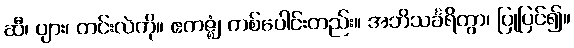
ဆီ၊ ပျား၊ တင်းလဲကို။ ဧကဇ္ဈံ၊ တစ်ပေါင်းတည်း။ အဘိသင်္ခရိတွာ၊ ပြုပြင်၍။